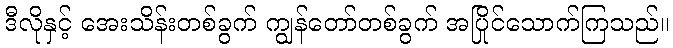
ဒီလိုနှင့် အေးသိန်းတစ်ခွက် ကျွန်တော်တစ်ခွက် အပြိုင်သောက်ကြသည်။